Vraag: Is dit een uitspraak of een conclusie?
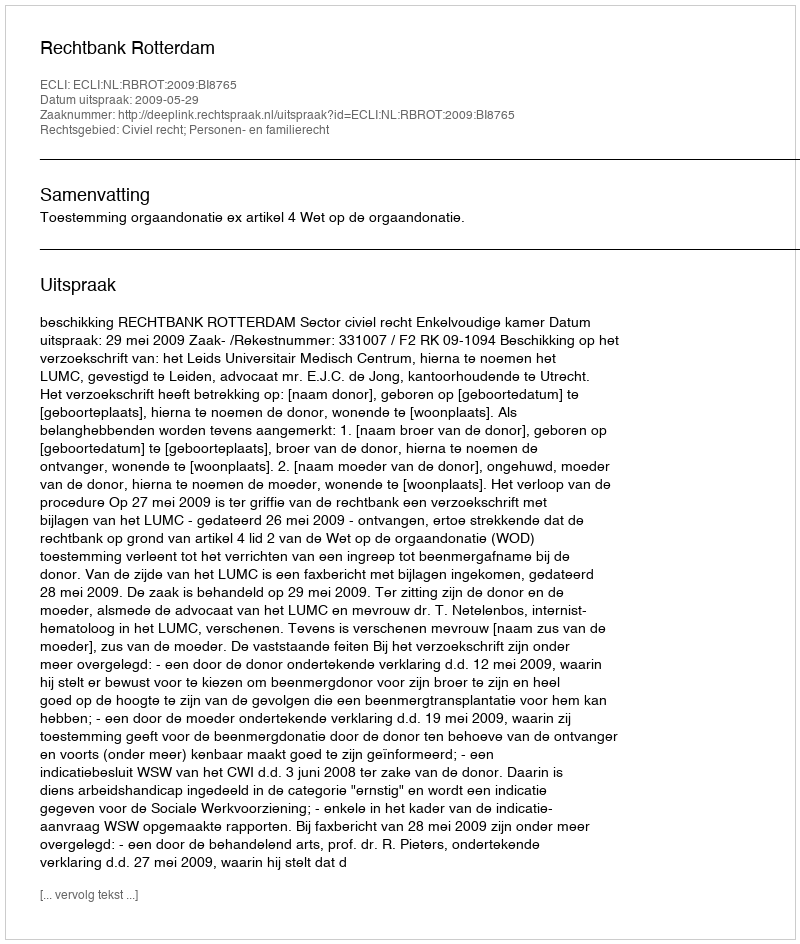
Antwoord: Uitspraak